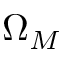
\Omega _ { M }